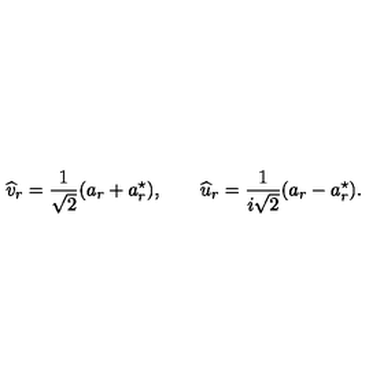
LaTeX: \widehat v _ { r } = \frac { 1 } { \sqrt 2 } ( a _ { r } + a _ { r } ^ { \star } ) , \qquad \widehat u _ { r } = \frac { 1 } { i \sqrt 2 } ( a _ { r } - a _ { r } ^ { \star } ) .